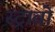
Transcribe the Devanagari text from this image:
स्ट्राव्रो